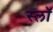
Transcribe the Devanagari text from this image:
स्लॉ